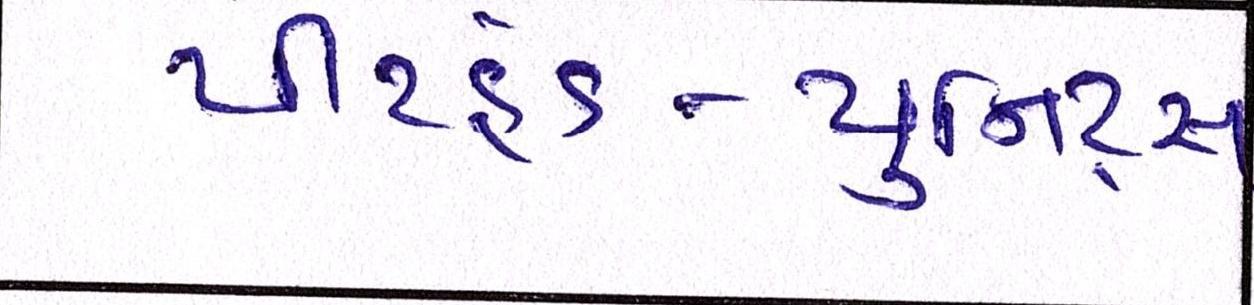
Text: પીટહેડ-યુનિટ્સ